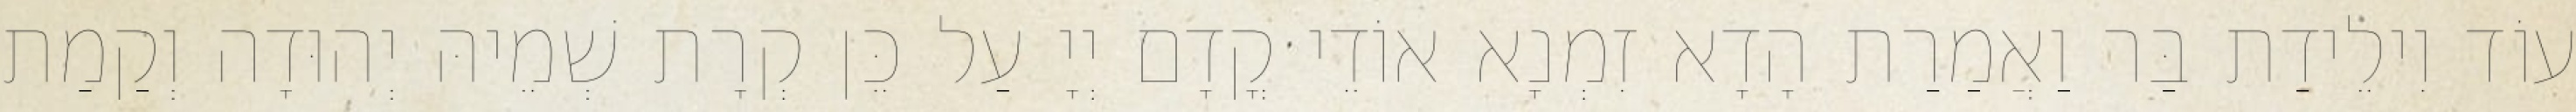
עוֹד וִילֵידַת בַּר וַאֲמַרַת הָדָא זִמְנָא אוֹדֵי קֳדָם יְיָ עַל כֵּן קְרָת שְׁמֵיהּ יְהוּדָה וְקַמַת